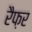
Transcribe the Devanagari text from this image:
रैफ़र